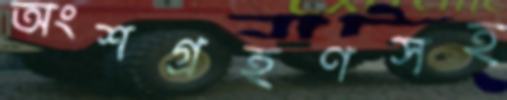
অংশগ্রহণসহ